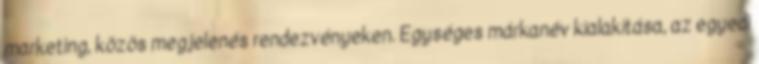
marketing, közös megjelenés rendezvényeken. Egységes márkanév kialakítása, az egyedi